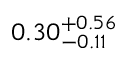
0 . 3 0 _ { - 0 . 1 1 } ^ { + 0 . 5 6 }